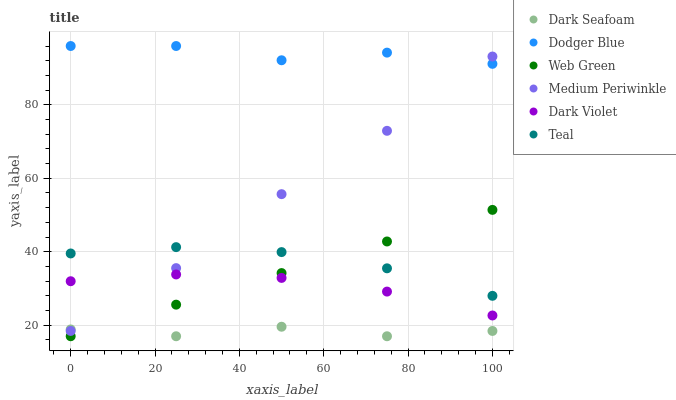
| xaxis_label | Dark Seafoam | Dodger Blue | Web Green | Medium Periwinkle | Dark Violet | Teal |
 | --- | --- | --- | --- | --- | --- | --- |
 | 0 | 18.9 | 96 | 17 | 18.4 | 32 | 39.5 |
 | 25 | 17 | 96 | 25.6 | 35.5 | 33.8 | 41.3 |
 | 50 | 19.6 | 92.1 | 34.2 | 55.7 | 32.9 | 39.9 |
 | 75 | 17 | 94.2 | 42.8 | 72.9 | 29.2 | 35.5 |
 | 100 | 18.4 | 91.1 | 51.4 | 93.1 | 22.7 | 28 |